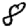
Digit: 8